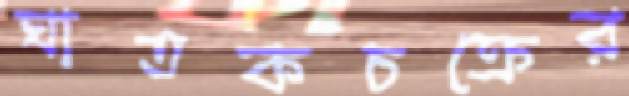
ঘাতকচক্রের